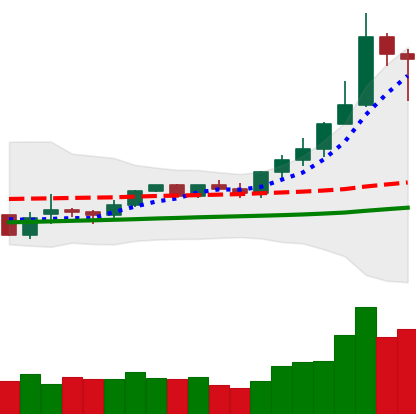
Ticker: XMR-USD
Chart end date: 2021-02-15
Forward return: 12.54%
Label: up_7plus